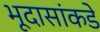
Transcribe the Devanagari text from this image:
भूदासांकडे